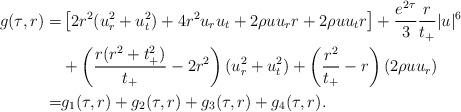
LaTeX: \begin{align*} g(\tau, r) = & \left[2r^2 (u_r^2 + u_t^2) + 4r^2 u_r u_t + 2\rho u u_r r + 2\rho u u_t r\right] + \frac{e^{2\tau}}{3}\frac{r}{t_+}|u|^6\\ & + \left(\frac{r(r^2 + t_+^2)}{t_+} - 2r^2\right)(u_r^2 + u_t^2) + \left(\frac{r^2}{t_+}-r\right)(2\rho u u_r) \\ = & g_1 (\tau,r) + g_2 (\tau,r) + g_3 (\tau,r) + g_4 (\tau,r).\end{align*}